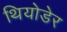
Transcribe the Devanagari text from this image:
थियोडेर